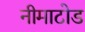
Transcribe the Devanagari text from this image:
नीमाटोड